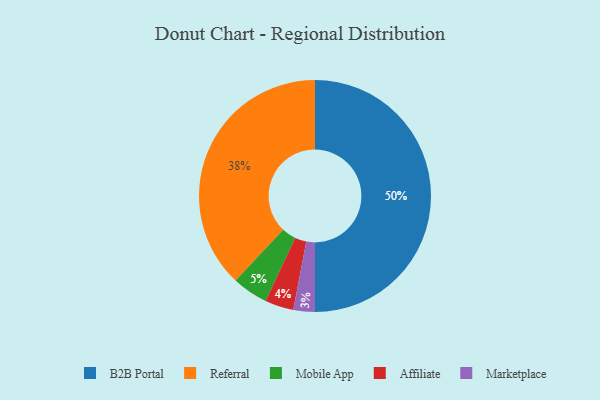
{"axis": {"x": "Category", "y": "Percentage"}, "legend": ["Affiliate", "B2B Portal", "Marketplace", "Mobile App", "Referral"], "data": [{"x": "Mobile App", "y": 5, "type": "Mobile App"}, {"x": "Marketplace", "y": 3, "type": "Marketplace"}, {"x": "Affiliate", "y": 4, "type": "Affiliate"}, {"x": "B2B Portal", "y": 50, "type": "B2B Portal"}, {"x": "Referral", "y": 38, "type": "Referral"}]}